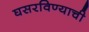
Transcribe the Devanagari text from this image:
घसरविण्याची